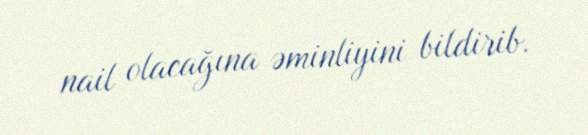
nail olacağına əminliyini bildirib.